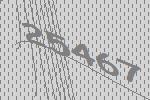
25467